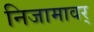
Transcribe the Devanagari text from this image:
निजामावर्